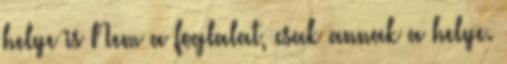
helye is Nem a foglalat, csak annak a helye.